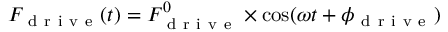
F _ { \mathrm { ~ d ~ r ~ i ~ v ~ e ~ } } ( t ) = F _ { \mathrm { ~ d ~ r ~ i ~ v ~ e ~ } } ^ { 0 } \times \cos ( \omega t + \phi _ { \mathrm { ~ d ~ r ~ i ~ v ~ e ~ } } )